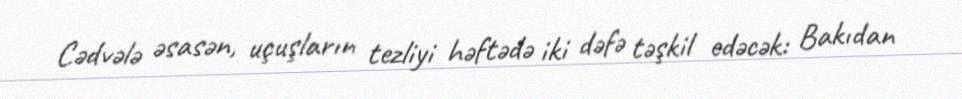
Cədvələ əsasən, uçuşların tezliyi həftədə iki dəfə təşkil edəcək: Bakıdan